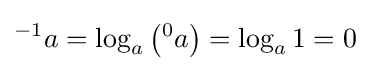
{}^{-1}a=\log _{a}\left({}^{0}a\right)=\log _{a}1=0